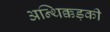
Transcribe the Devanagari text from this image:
अन्थिक्कड़की